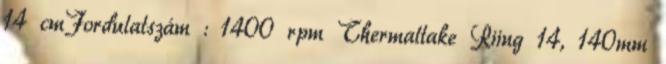
14 cmFordulatszám : 1400 rpm Thermaltake Riing 14, 140mm